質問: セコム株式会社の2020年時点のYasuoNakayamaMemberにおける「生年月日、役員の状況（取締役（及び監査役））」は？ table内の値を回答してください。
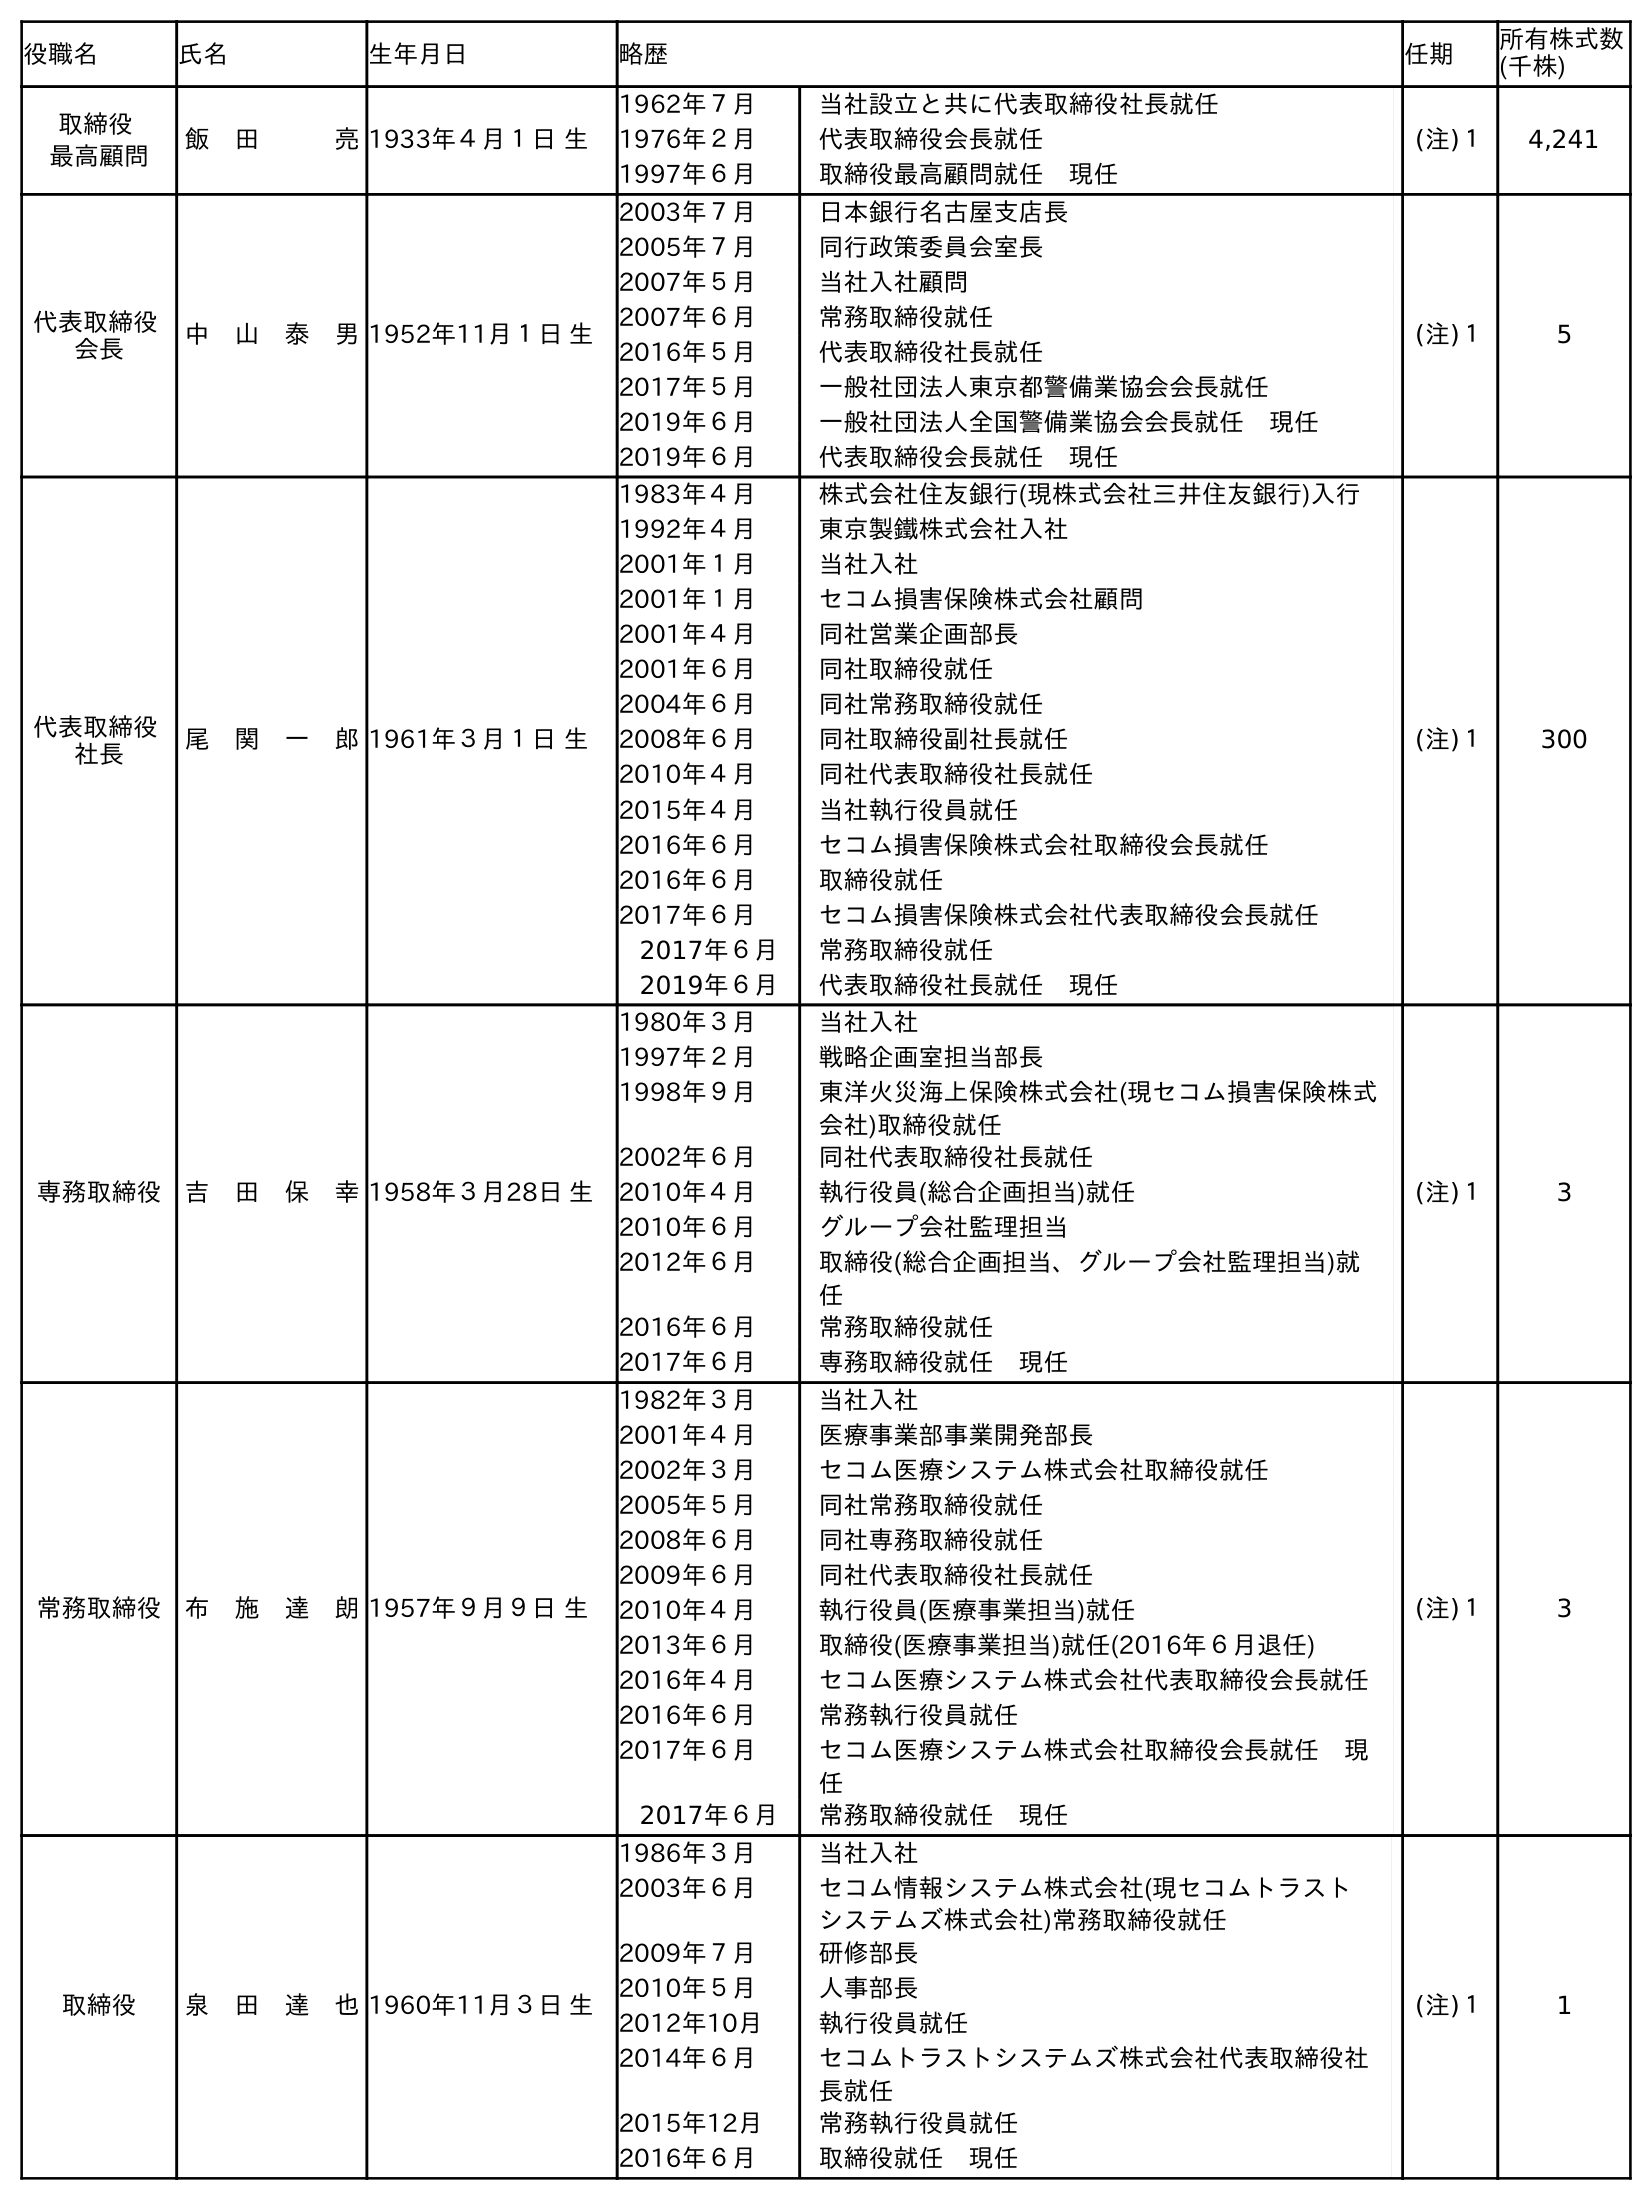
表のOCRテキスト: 役職名 氏名 生年月日 略歴 任期 所有株式数 (千株) 取締役 最高顧問 飯 田   亮1933年４月１日 生 1962年７月 当社設立と共に代表取締役社長就任 1976年２月 代表取締役会長就任 1997年６月 取締役最高顧問就任 現任 (注)１ 4,241 代表取締役 会長 中 山 泰 男1952年11月１日 生 2003年７月 日本銀行名古屋支店長 2005年７月 同行政策委員会室長 2007年５月 当社入社顧問 2007年６月 常務取締役就任 2016年５月 代表取締役社長就任 2017年５月 一般社団法人東京都警備業協会会長就任 2019年６月 一般社団法人全国警備業協会会長就任 現任 2019年６月 代表取締役会長就任 現任 (注)１ 5 代表取締役 社長 尾 関 一 郎1961年３月１日 生 1983年４月 株式会社住友銀行(現株式会社三井住友銀行)入行 1992年４月 東京製鐵株式会社入社 2001年１月 当社入社 2001年１月 セコム損害保険株式会社顧問 2001年４月 同社営業企画部長 2001年６月 同社取締役就任 2004年６月 同社常務取締役就任 2008年６月 同社取締役副社長就任 2010年４月 同社代表取締役社長就任 2015年４月 当社執行役員就任 2016年６月 セコム損害保険株式会社取締役会長就任 2016年６月 取締役就任 2017年６月 セコム損害保険株式会社代表取締役会長就任 2017年６月 常務取締役就任 2019年６月 代表取締役社長就任 現任 (注)１ 300 専務取締役 吉 田 保 幸1958年３月28日 生 1980年３月 当社入社 1997年２月 戦略企画室担当部長 1998年９月 東洋火災海上保険株式会社(現セコム損害保険株式 会社)取締役就任 2002年６月 同社代表取締役社長就任 2010年４月 執行役員(総合企画担当)就任 2010年６月 グループ会社監理担当 2012年６月 取締役(総合企画担当、グループ会社監理担当)就 任 2016年６月 常務取締役就任 2017年６月 専務取締役就任 現任 (注)１ 3 常務取締役 布 施 達 朗1957年９月９日 生 1982年３月 当社入社 2001年４月 医療事業部事業開発部長 2002年３月 セコム医療システム株式会社取締役就任 2005年５月 同社常務取締役就任 2008年６月 同社専務取締役就任 2009年６月 同社代表取締役社長就任 2010年４月 執行役員(医療事業担当)就任 2013年６月 取締役(医療事業担当)就任(2016年６月退任) 2016年４月 セコム医療システム株式会社代表取締役会長就任 2016年６月 常務執行役員就任 2017年６月 セコム医療システム株式会社取締役会長就任 現 任 2017年６月 常務取締役就任 現任 (注)１ 3 取締役 泉 田 達 也1960年11月３日 生 1986年３月 当社入社 2003年６月 セコム情報システム株式会社(現セコムトラスト システムズ株式会社)常務取締役就任 2009年７月 研修部長 2010年５月 人事部長 2012年10月 執行役員就任 2014年６月 セコムトラストシステムズ株式会社代表取締役社 長就任 2015年12月 常務執行役員就任 2016年６月 取締役就任 現任 (注)１ 1
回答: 1952年11月１日生